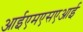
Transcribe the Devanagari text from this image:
आईएमएसएआई